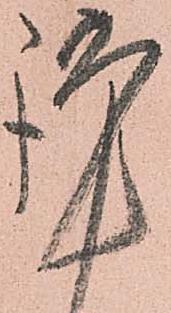
謹